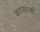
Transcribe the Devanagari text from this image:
कालाशी